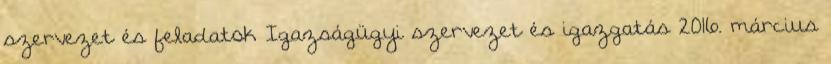
szervezet és feladatok Igazságügyi szervezet és igazgatás 2016. március